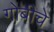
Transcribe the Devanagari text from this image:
गोबीचे